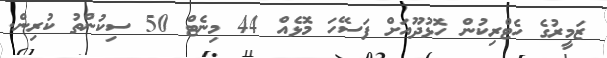
ޒަމީރުގެ ހެޓްރިކުން ހޮޅުދޫއަށް ފަސޭހަ މޮޅެއް 44 މިނެޓް 50 ސިކުންތު ކުރިން.